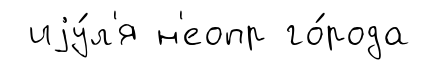
иjу́л'я н'еопр го́рода